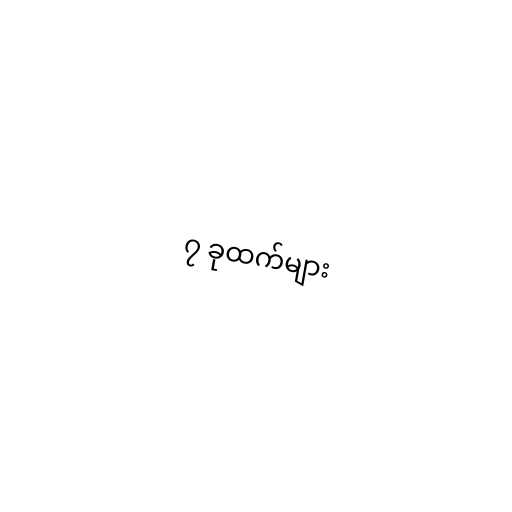
၇ ခုထက်များ